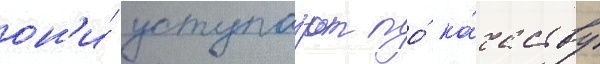
он'и́ уступа́ют по́ ка́честву